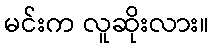
မင်းက လူဆိုးလား။